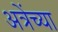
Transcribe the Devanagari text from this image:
अत्रेंच्या